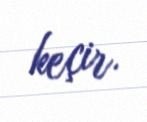
keçir.